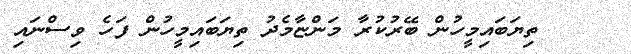
٥٨    ތިޔަބައިމީހުން ބޭރުކުރާ މަންޏާމެދު ތިޔަބައިމީހުން ފަހެ ވިސްނައި